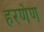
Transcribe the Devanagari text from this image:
हरणेण